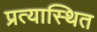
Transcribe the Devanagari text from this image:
प्रत्यास्थित